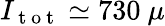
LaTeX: I_{\mathrm{~t~o~t~}}\simeq 730~\mu